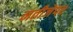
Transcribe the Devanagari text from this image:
नतीजेपर